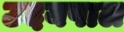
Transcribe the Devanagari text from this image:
उदयपाल